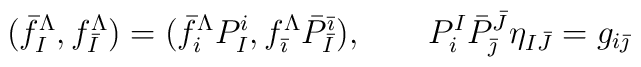
(\bar f^\Lambda_I, f^\Lambda_{\bar I}) = (\bar f^\Lambda_iP^i_I,  f^\Lambda_{\bar \imath}\bar P^{\bar \imath}_{\bar I} ),\quad  \quad P^I_{i} \bar P^{\bar J}_{\bar\jmath}\eta_{I\bar J} = g_{i\bar\jmath}